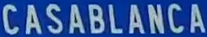
CASABLANCA